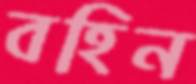
বহিন